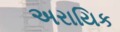
અરાયિક